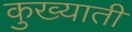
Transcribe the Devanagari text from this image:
कुख्याती